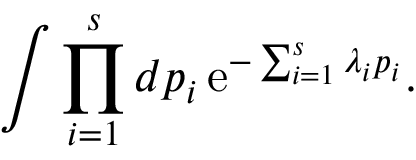
\int \prod _ { i = 1 } ^ { s } d p _ { i } \, \mathrm { e } ^ { - \sum _ { i = 1 } ^ { s } \lambda _ { i } p _ { i } } .